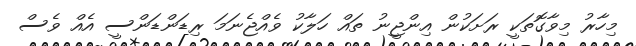
މިހާރު މިވާގޮތަކީ ރަށަކުން އިންޖީނު ތައް ހަލާކު ވެއްޖެނަމަ ރިޑަންޑަންސީ އެއް ވެސް